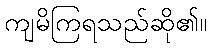
ကျမိကြရသည်ဆို၏။